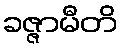
ခဇ္ဇာမီတိ